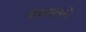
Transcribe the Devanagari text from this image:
दयालने